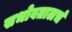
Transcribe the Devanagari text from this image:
सभोवतालचं